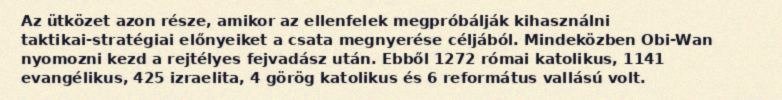
Az ütközet azon része, amikor az ellenfelek megpróbálják kihasználni taktikai-stratégiai előnyeiket a csata megnyerése céljából. Mindeközben Obi-Wan nyomozni kezd a rejtélyes fejvadász után. Ebből 1272 római katolikus, 1141 evangélikus, 425 izraelita, 4 görög katolikus és 6 református vallású volt.